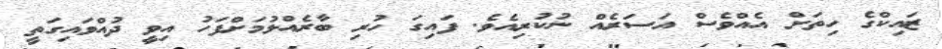
ޒައިކްގެ ހިތަށް އެއްވެސް އަސަރެއް ނުކުރިއެވެ. ފައިގަ ހުރި ބާރެއްލުމަށްފަހު އިވީ ދުއްވައިގަތީ